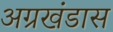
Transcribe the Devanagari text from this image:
अग्रखंडास